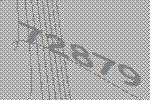
72879